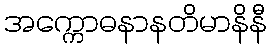
အက္ကောဓနာနတိမာနိနီ